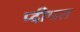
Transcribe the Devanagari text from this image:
प्दीपत